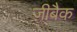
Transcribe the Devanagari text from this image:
ज़ीबैक